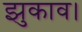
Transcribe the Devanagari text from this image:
झुकाव।